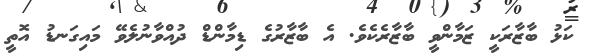
ކަޅު ބާޒާރަކީ ޒަމާންވީ ބާޒާރެކެވެ. އެ ބާޒާރުގެ ޑިމާންޑް ދުއްވާނުލެވޭ މައިގަނޑު އޮތީ